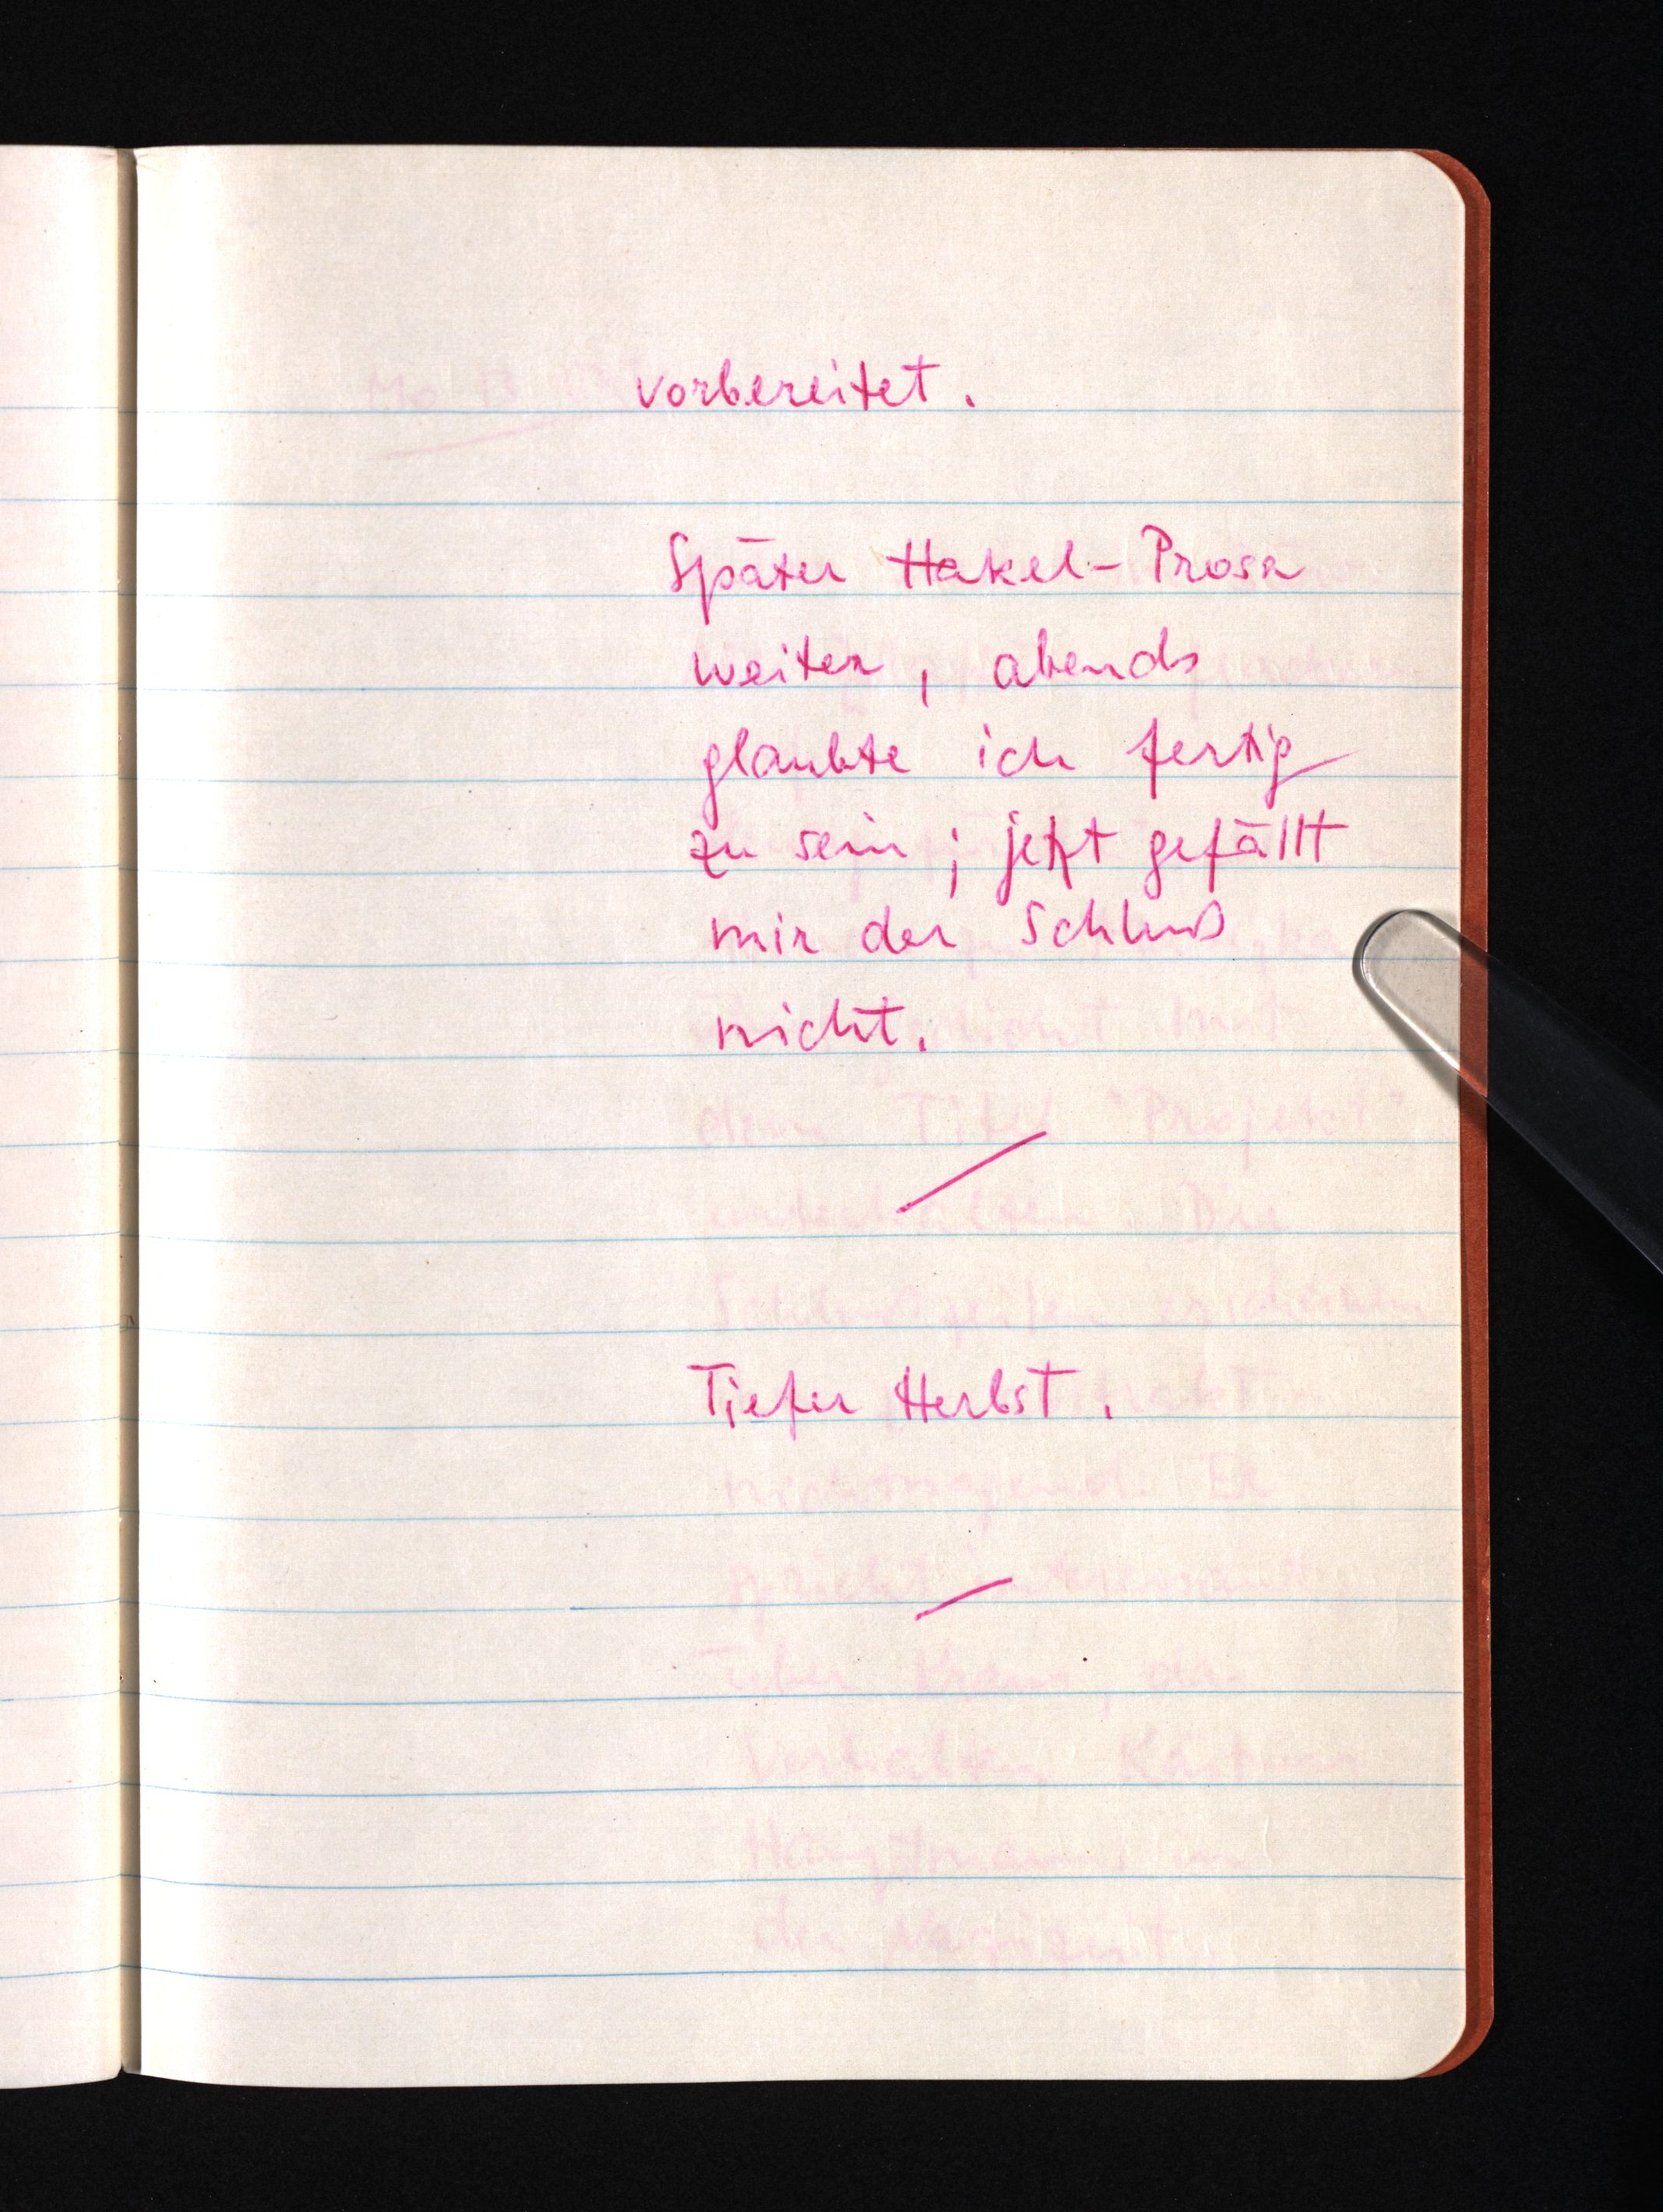
vorbereitet.
Später Hakel-Prosa
weiter, abends
glaubte ich fertig
zu sein; jetzt gefällt
mir der Schluß
nicht.
Tiefer Herbst.